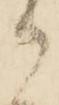
御